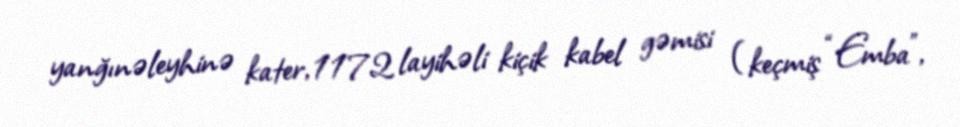
yanğınəleyhinə kater, 1172 layihəli kiçik kabel gəmisi (keçmiş “Emba”,